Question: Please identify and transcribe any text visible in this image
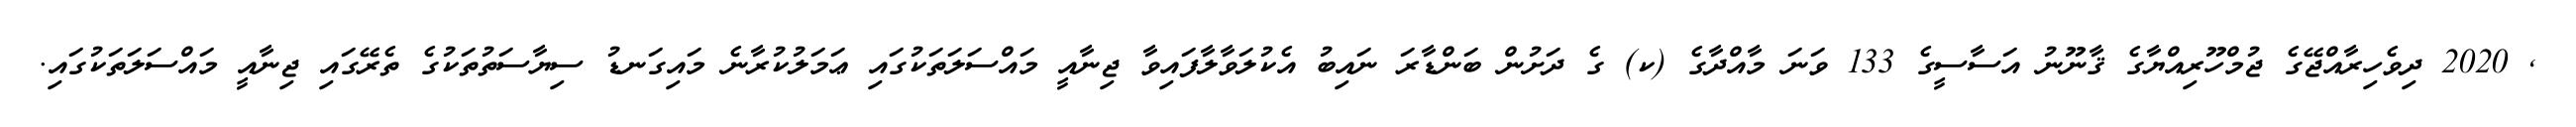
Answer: , 2020 ދިވެހިރާއްޖޭގެ ޖުމްހޫރިއްޔާގެ ޤާނޫނު އަސާސީގެ 133 ވަނަ މާއްދާގެ (ކ) ގެ ދަށުން ބަންޑާރަ ނައިބު އެކުލަވާލާފައިވާ ޖިނާއީ މައްސަލަތަކުގައި ޢަމަލުކުރާނެ މައިގަނޑު ސިޔާސަތުތަކުގެ ތެރޭގައި ޖިނާއީ މައްސަލަތަކުގައި.